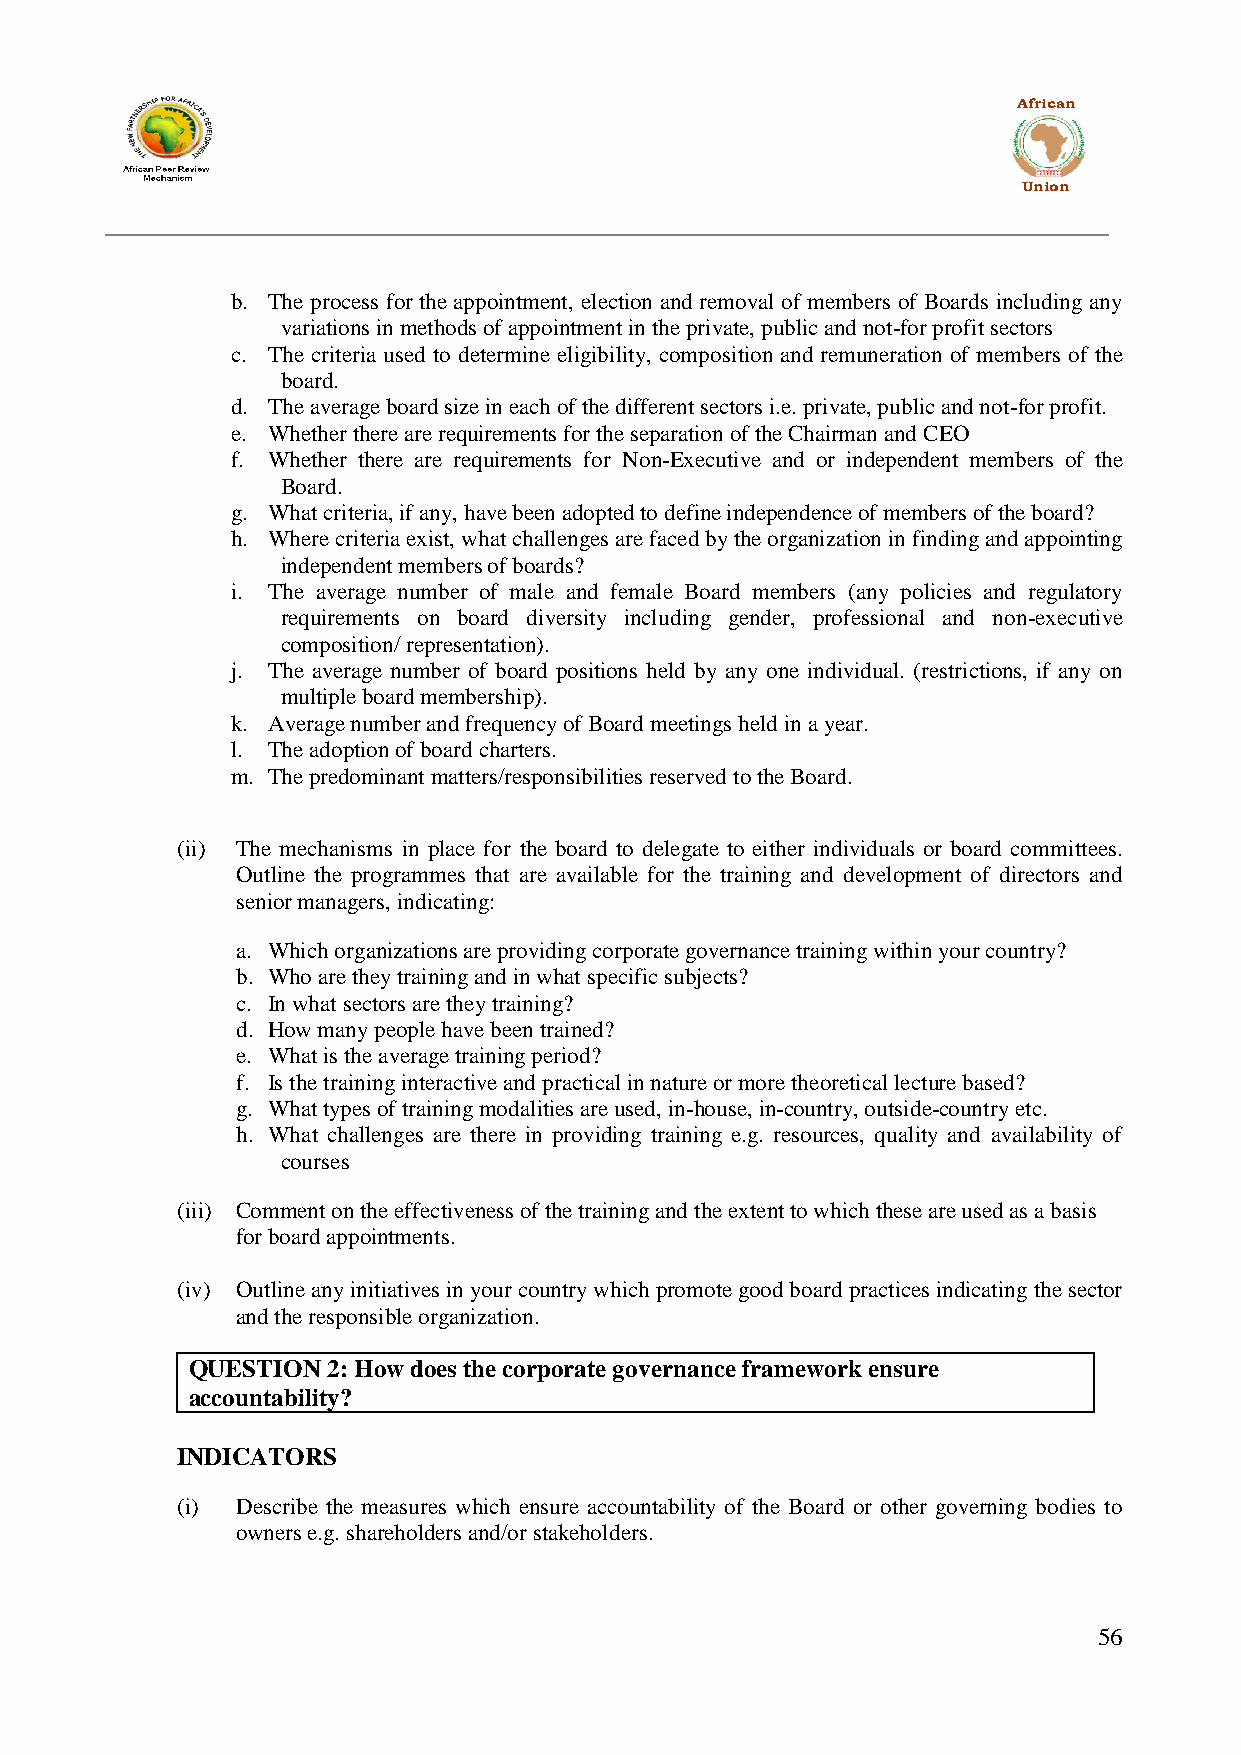
African
 Union
 b. The process for the appointment, election and removal of members of Boards including any
 variations in methods of appointment in the private, public and not-for profit sectors
 c. The criteria used to determine eligibility, composition and remuneration of members of the
 board.
 d. The average board size in each of the different sectors i.e. private, public and not-for profit.
 e. Whether there are requirements for the separation of the Chairman and CEO
 f. Whether there are requirements for Non-Executive and or independent members of the
 Board.
 g. What criteria, if any, have been adopted to define independence of members of the board?
 h. Where criteria exist, what challenges are faced by the organization in finding and appointing
 independent members of boards?
 i. The average number of male and female Board members (any policies and regulatory
 requirements on board diversity including gender, professional and non-executive
 composition/ representation).
 j. The average number of board positions held by any one individual. (restrictions, if any on
 multiple board membership).
 k. Average number and frequency of Board meetings held in a year.
 l. The adoption of board charters.
 m. The predominant matters/responsibilities reserved to the Board.
 (ii) The mechanisms in place for the board to delegate to either individuals or board committees.
 Outline the programmes that are available for the training and development of directors and
 senior managers, indicating:
 a. Which organizations are providing corporate governance training within your country?
 b. Who are they training and in what specific subjects?
 c. In what sectors are they training?
 d. How many people have been trained?
 e. What is the average training period?
 f. Is the training interactive and practical in nature or more theoretical lecture based?
 g. What types of training modalities are used, in-house, in-country, outside-country etc.
 h. What challenges are there in providing training e.g. resources, quality and availability of
 courses
 (iii) Comment on the effectiveness of the training and the extent to which these are used as a basis
 for board appointments.
 (iv) Outline any initiatives in your country which promote good board practices indicating the sector
 and the responsible organization.
 QUESTION  2: How does the corporate governance framework ensure
 accountability?
 INDICATORS
 (i) Describe the measures which ensure accountability of the Board or other governing bodies to
 owners e.g. shareholders and/or stakeholders.
 56